画像に写った文字を読んでください
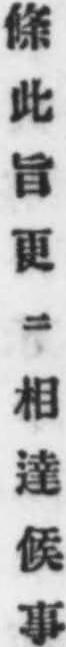
「條此旨更ニ相達候事」と書いてあります